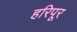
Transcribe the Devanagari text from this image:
हरिपूर